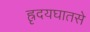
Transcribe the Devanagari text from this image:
ह्रृदयघातसे